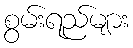
စွမ်းရည်များ